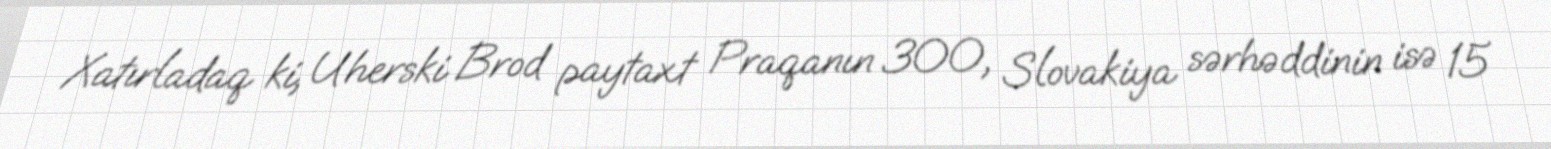
Xatırladaq ki, Uherski Brod paytaxt Praqanın 300, Slovakiya sərhəddinin isə 15